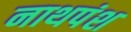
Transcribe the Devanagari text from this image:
नाथपंश